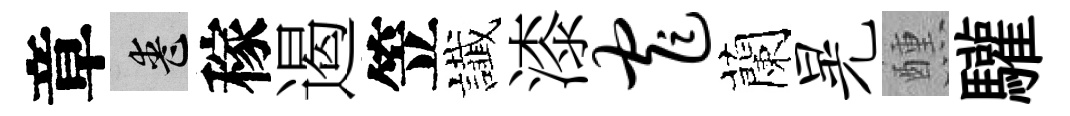
章喪稼遏笠䜟漆窄蘭晃醺驩